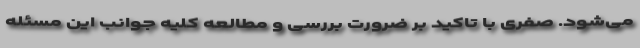
می‌شود. صفری با تاکید بر ضرورت بررسی و مطالعه کلیه جوانب این مسئله